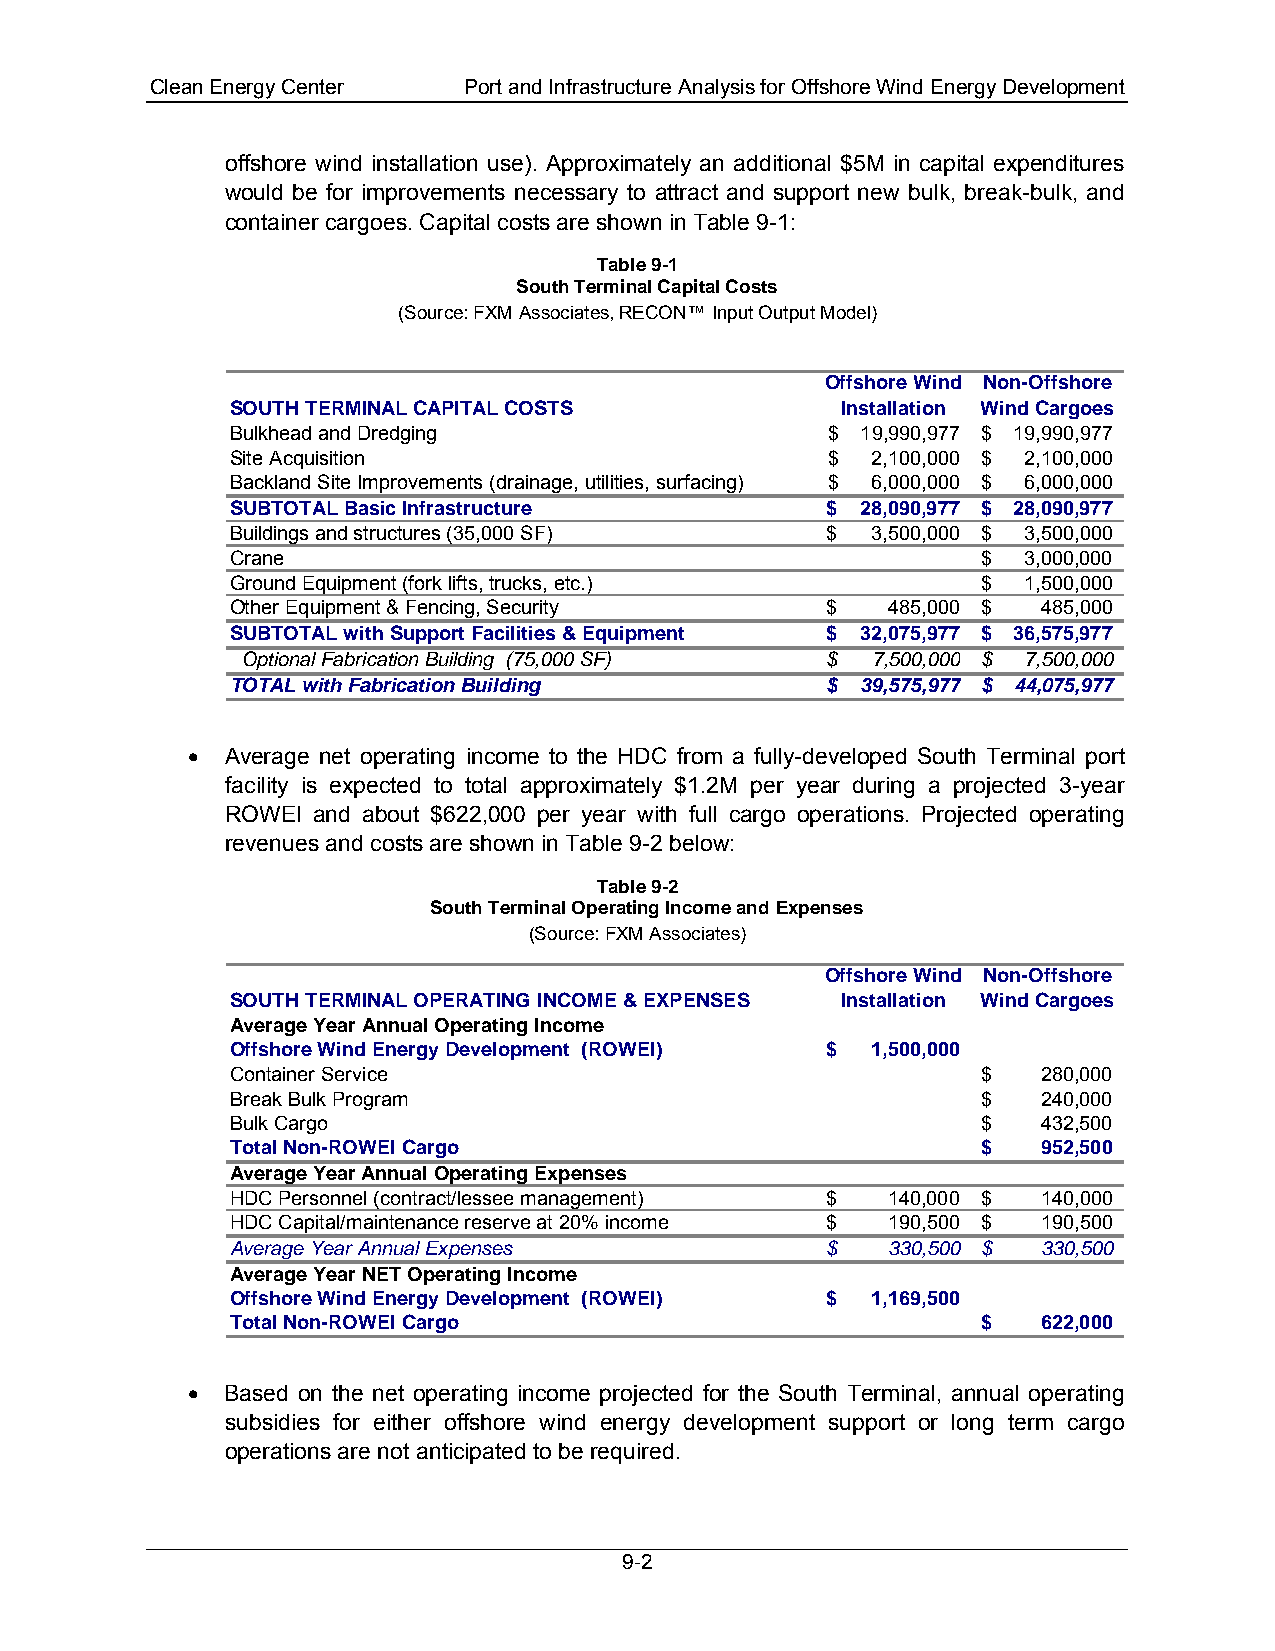
Clean Energy Center  Port and Infrastructure Analysis for Offshore Wind Energy Development
 offshore wind installation use). Approximately an additional $5M in capital expenditures
 would be for improvements necessary to attract and support new bulk, break-bulk, and
 container cargoes. Capital costs are shown in Table 9-1:
 Table 9-1
 South Terminal Capital Costs
 (Source: FXM Associates, RECON™ Input Output Model)
 Offshore Wind Non-Offshore
 SOUTH TERMINAL CAPITAL COSTS             Installation Wind Cargoes
 Bulkhead and Dredging                   $ 1 9,990,977 $ 1 9,990,977
 Site Acquisition                        $  2 ,100,000 $ 2 ,100,000
 Backland Site Improvements (drainage, utilities, surfacing) $ 6,000,000 $ 6,000,000
 SUBTOTAL Basic Infrastructure           $ 28,090,977 $ 2 8,090,977
 Buildings and structures (35,000 SF)    $  3,500,000 $ 3 ,500,000
 Crane                                             $  3 ,000,000
 Ground Equipment (fork lifts, trucks, etc.)       $  1 ,500,000
 Other Equipment & Fencing, Security     $   485,000 $ 485,000
 SUBTOTAL with Support Facilities & Equipment $ 32,075,977 $ 3 6,575,977
 Optional Fabrication Building (75,000 SF) $ 7,500,000 $ 7,500,000
 TOTAL with Fabrication Building         $ 39,575,977 $ 44,075,977
 •  Average net operating income to the HDC from a fully-developed South Terminal port
 facility is expected to total approximately $1.2M per year during a projected 3-year
 ROWEI and about $622,000 per year with full cargo operations. Projected operating
 revenues and costs are shown in Table 9-2 below:
 Table 9-2
 South Terminal Operating Income and Expenses
 (Source: FXM Associates)
 Offshore Wind Non-Offshore
 SOUTH TERMINAL OPERATING INCOME & EXPENSES Installation Wind Cargoes
 Average Year Annual Operating Income
 Offshore Wind Energy Development (ROWEI) $ 1,500,000
 Container Service                                 $   2 80,000
 Break Bulk Program                                $   2 40,000
 Bulk Cargo                                        $   4 32,500
 Total Non-ROWEI Cargo                             $   952,500
 Average Year Annual Operating Expenses
 HDC Personnel (contract/lessee management) $ 140,000 $ 1 40,000
 HDC Capital/maintenance reserve at 20% income $ 190,500 $ 190,500
 Average Year Annual Expenses            $   330,500 $ 330,500
 Average Year NET Operating Income
 Offshore Wind Energy Development (ROWEI) $ 1,169,500
 Total Non-ROWEI Cargo                             $   622,000
 •  Based on the net operating income projected for the South Terminal, annual operating
 subsidies for either offshore wind energy development support or long term cargo
 operations are not anticipated to be required.
 9-2